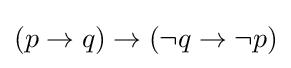
(p\to q)\to (\neg q\to \neg p)